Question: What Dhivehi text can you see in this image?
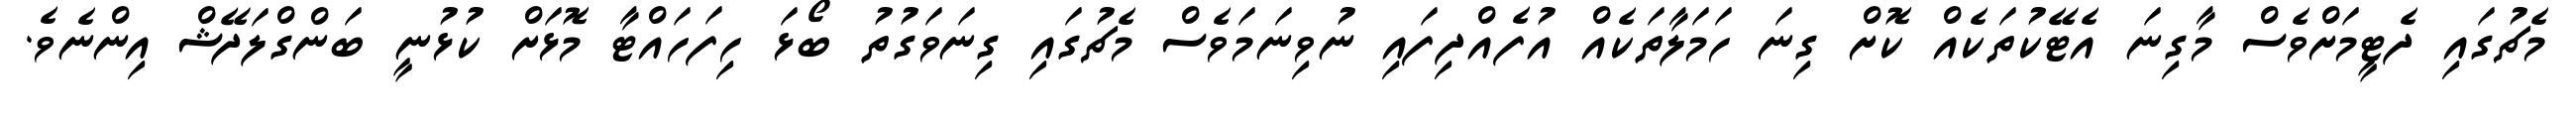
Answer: މެޗުގައި ދެޓީމަށްވެސް މާގިނަ އެޓޭކުތަކެއް ކޮށް ގިނަ ހަމަލާތަކެއް އުފެއްދިފައި ނުވިނަމަވެސް މެޗުގައި ގިނަވަގުތު ބޯޅަ ހިފަހައްޓާ މޮޅަށް ކުޅުނީ ބަންގްލަދޭޝް އިންނެވެ.